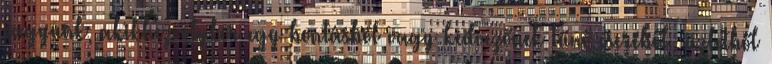
vagyunk, akikhez olykor egy bontásból vagy kedvezőnek tűnő cseréből üzletből